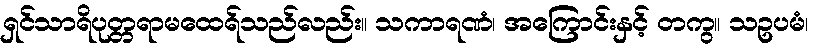
ရှင်သာရိပုတ္တရာမထေရ်သည်လည်း။ သကာရဏံ၊ အကြောင်းနှင့် တကွ။ သဥပမံ၊